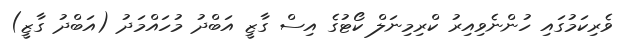
ވެރިކަމުގައި ހުންނެވިއިރު ކްރިމިނަލް ކޯޓުގެ އިސް ގާޒީ އަބްދު މުހައްމަދު (އަބްދު ގާޒީ)